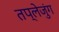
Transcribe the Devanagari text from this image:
तप्लेजुंग